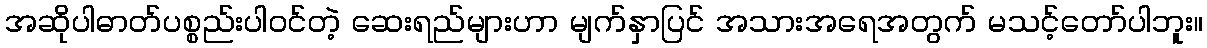
အဆိုပါဓာတ်ပစ္စည်းပါဝင်တဲ့ ဆေးရည်များဟာ မျက်နှာပြင် အသားအရေအတွက် မသင့်တော်ပါဘူး။